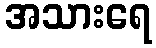
အသားရေ